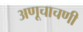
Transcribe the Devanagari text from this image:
अणूचाचणी